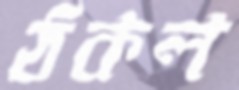
ঠকল